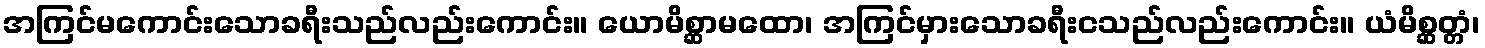
အကြင်မကောင်းသောခရီးသည်လည်းကောင်း။ ယောမိစ္ဆာမထော၊ အကြင်မှားသောခရီးငသည်လည်းကောင်း။ ယံမိစ္ဆတ္တံ၊